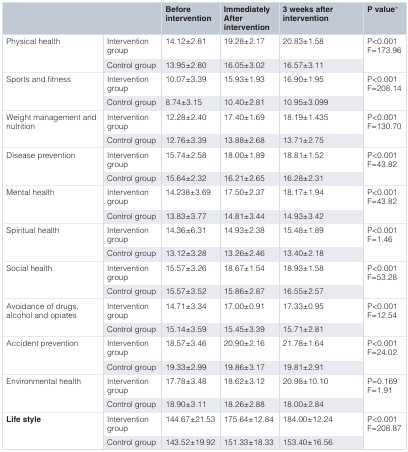
<table><thead><tr><td colspan="2"></td><td><b>Beforeintervention</b></td><td><b>ImmediatelyAfterintervention</b></td><td><b>3 weeks afterintervention</b></td><td><b>P value*</b></td></tr></thead><tbody><tr><td rowspan="2">Physical health</td><td>Interventiongroup</td><td>14.12±2.81</td><td>19.28±2.17</td><td>20.83±1.58</td><td rowspan="2">P&lt;0.001F=173.96</td></tr><tr><td>Control group</td><td>13.95±2.80</td><td>16.05±3.02</td><td>16.57±3.11</td></tr><tr><td rowspan="2">Sports and fitness</td><td>Interventiongroup</td><td>10.07±3.39</td><td>15.93±1.93</td><td>16.90±1.95</td><td rowspan="2">P&lt;0.001F=208.14</td></tr><tr><td>Control group</td><td>8.74±3.15</td><td>10.40±2.81</td><td>10.95±3.099</td></tr><tr><td rowspan="2">Weight management andnutrition</td><td>Interventiongroup</td><td>12.28±2.40</td><td>17.40±1.69</td><td>18.19±1.435</td><td rowspan="2">P&lt;0.001F=130.70</td></tr><tr><td>Control group</td><td>12.76±3.39</td><td>13.88±2.68</td><td>13.71±2.75</td></tr><tr><td rowspan="2">Disease prevention</td><td>Interventiongroup</td><td>15.74±2.58</td><td>18.00±1.89</td><td>18.81±1.52</td><td rowspan="2">P&lt;0.001F=43.82</td></tr><tr><td>Control group</td><td>15.64±2.32</td><td>16.21±2.65</td><td>16.28±2.31</td></tr><tr><td rowspan="2">Mental health</td><td>Interventiongroup</td><td>14.238±3.69</td><td>17.50±2.37</td><td>18.17±1.94</td><td rowspan="2">P&lt;0.001F=43.82</td></tr><tr><td>Control group</td><td>13.83±3.77</td><td>14.81±3.44</td><td>14.93±3.42</td></tr><tr><td rowspan="2">Spiritual health</td><td>Interventiongroup</td><td>14.36±6.31</td><td>14.93±2.38</td><td>15.48±1.89</td><td rowspan="2">P&lt;0.001F=1.46</td></tr><tr><td>Control group</td><td>13.12±3.28</td><td>13.26±2.46</td><td>13.40±2.18</td></tr><tr><td rowspan="2">Social health</td><td>Interventiongroup</td><td>15.57±3.26</td><td>18.67±1.54</td><td>18.93±1.58</td><td rowspan="2">P&lt;0.001F=53.28</td></tr><tr><td>Control group</td><td>15.57±3.52</td><td>15.86±2.87</td><td>16.55±2.57</td></tr><tr><td rowspan="2">Avoidance of drugs,alcohol and opiates</td><td>Interventiongroup</td><td>14.71±3.34</td><td>17.00±0.91</td><td>17.33±0.95</td><td rowspan="2">P&lt;0.001F=12.54</td></tr><tr><td>Control group</td><td>15.14±3.59</td><td>15.45±3.39</td><td>15.71±2.81</td></tr><tr><td rowspan="2">Accident prevention</td><td>Interventiongroup</td><td>18.57±3.46</td><td>20.90±2.16</td><td>21.78±1.64</td><td rowspan="2">P&lt;0.001F=24.02</td></tr><tr><td>Control group</td><td>19.33±2.99</td><td>19.86±3.17</td><td>19.81±2.91</td></tr><tr><td rowspan="2">Environmental health</td><td>Interventiongroup</td><td>17.78±3.48</td><td>18.62±3.12</td><td>20.98±10.10</td><td rowspan="2">P=0.169F=1.91</td></tr><tr><td>Control group</td><td>18.90±3.11</td><td>18.26±2.88</td><td>18.00±2.84</td></tr><tr><td rowspan="2"><b>Life style</b></td><td>Interventiongroup</td><td>144.67±21.53</td><td>175.64±12.84</td><td>184.00±12.24</td><td rowspan="2">P&lt;0.001F=208.87</td></tr><tr><td>Control group</td><td>143.52±19.92</td><td>151.33±18.33</td><td>153.40±16.56</td></tr></tbody></table>